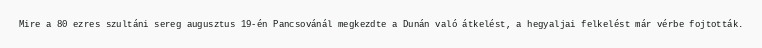
Mire a 80 ezres szultáni sereg augusztus 19-én Pancsovánál megkezdte a Dunán való átkelést, a hegyaljai felkelést már vérbe fojtották.